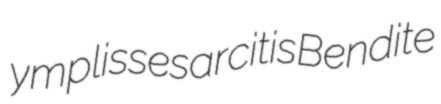
ym plisse sarcitis Bendite